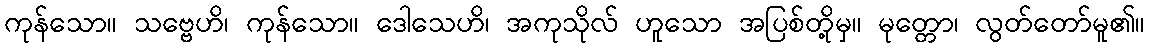
ကုန်သော။ သဗ္ဗေဟိ၊ ကုန်သော။ ဒေါသေဟိ၊ အကုသိုလ် ဟူသော အပြစ်တို့မှ။ မုတ္တော၊ လွတ်တော်မူ၏။